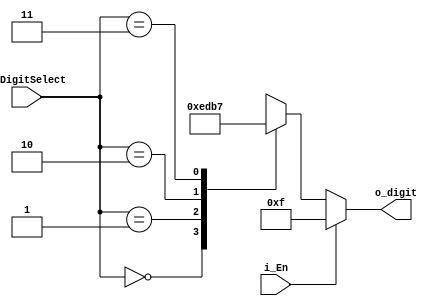
module FND_select_decoder(
    input [1:0] i_DigitSelect,
    input i_En,
    output [3:0] o_digit
    );

    reg [3:0] r_digit;
    
    assign o_digit = r_digit;

    always @(i_DigitSelect, i_En) begin //always @(i_DigitSelect or i_En) begin
        if(i_En) begin
            r_digit = 4'b1111;
        end
        else begin
            case (i_DigitSelect)
                2'h0 : r_digit = 4'b1110;
                2'h1 : r_digit = 4'b1101;
                2'h2 : r_digit = 4'b1011;
                2'h3 : r_digit = 4'b0111;
            endcase
        end
    end
endmodule